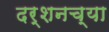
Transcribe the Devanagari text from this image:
दर्शनच्या